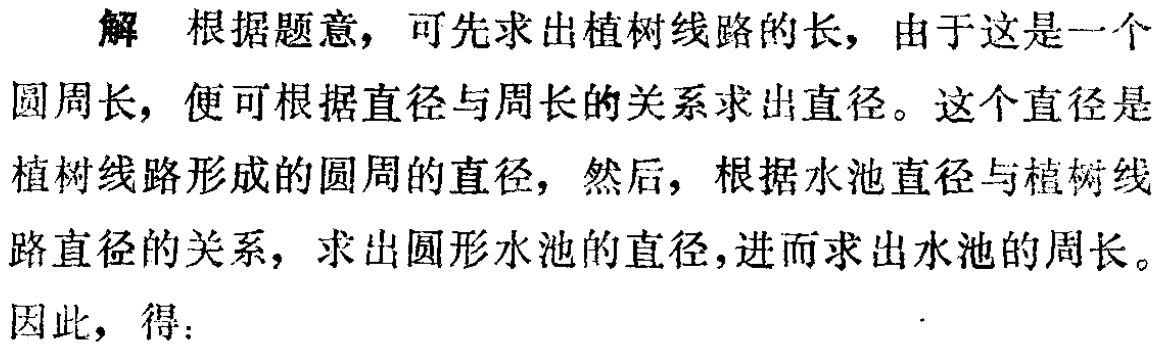
解 根据题意，可先求出植树线路的长，由于这是一个圆周长，便可根据直径与周长的关系求出直径。这个直径是植树线路形成的圆周的直径，然后，根据水池直径与植树线路直径的关系，求出圆形水池的直径，进而求出水池的周长。

因此，得：